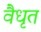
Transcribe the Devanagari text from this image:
वैधृत